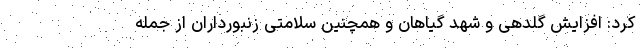
کرد: افزایش گلدهی و شهد گیاهان و همچنین سلامتی زنبورداران از جمله